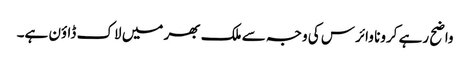
واضح رہے کرونا وائرس کی وجہ سے ملک بھر میں لاک ڈاؤن ہے۔